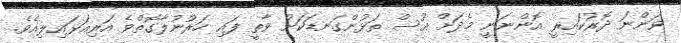
ވަންނަ ދޮރުކައިރީ އޮންނަނީ މެދަށް އުސް ތަޅުންގަނޑަކަށް ވާތީ ފައި ހަރުނުލާގޮތްވެ އަރިއަޅައިލިއެވެ.